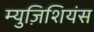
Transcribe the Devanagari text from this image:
म्युज़िशियंस